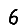
Digit: 6